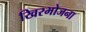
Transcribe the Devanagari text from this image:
खिरभोजना